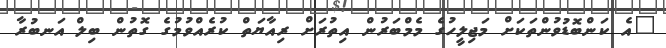
"އެ ކަންބޮޑުވުންތަކަށް މަޖިލީހުގެ މެމްބަރުން އިތުރަށް ރިއާޔަތް ކުރެއްވުމުގެ ގޮތުން ބިލް އަނބުރާ